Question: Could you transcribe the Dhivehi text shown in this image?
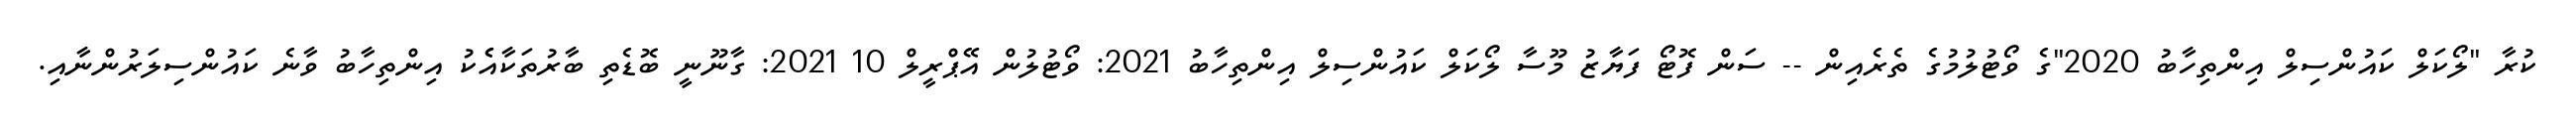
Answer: ކުރާ "ލޯކަލް ކައުންސިލް އިންތިހާބު 2020"ގެ ވޯޓުލުމުގެ ތެރެއިން -- ސަން ފޮޓޯ ފަޔާޒު މޫސާ ލޯކަލް ކައުންސިލް އިންތިހާބު 2021: ވޯޓުލުން އޭޕްރީލް 10 2021: ގާނޫނީ ބޮޑެތި ބާރުތަކާއެެކު އިންތިހާބު ވާނެ ކައުންސިލަރުންނާއި.